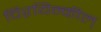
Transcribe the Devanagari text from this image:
चिरयिन्कील्